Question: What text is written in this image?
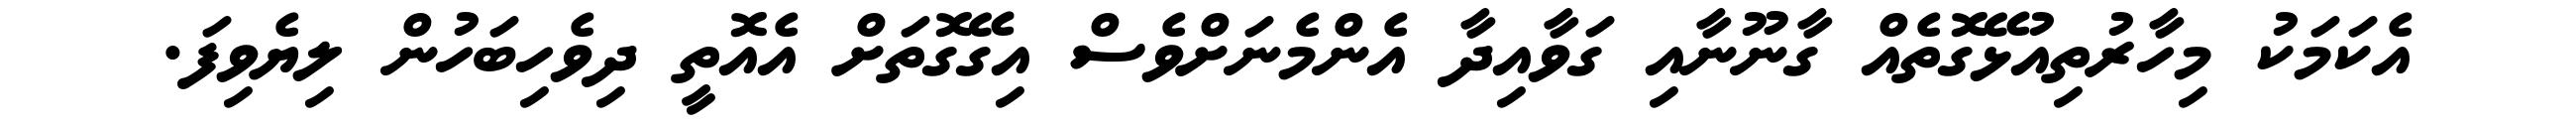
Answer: އެކަމަކު މިހާރުތިއުޅޭގޮތެއް ގާނޫނާއި ގަވާއިދާ އެންމެނަށްވެސް އިގޭގޮތަށް އެއޮތީ ދިވެހިބަހުން ލިޔެވިފަ.